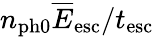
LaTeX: n_{\mathrm{ph0}}\overline{E}_{\mathrm{esc}}/t_{\mathrm{esc}}